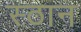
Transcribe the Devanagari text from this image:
स्ठान